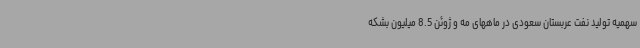
سهمیه تولید نفت عربستان سعودی در ماههای مه و ژوئن 8.5 میلیون بشکه